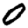
Digit: 0